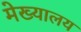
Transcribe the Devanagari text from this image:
मेख्यालय